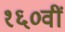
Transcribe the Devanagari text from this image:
१६०वीं